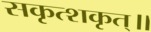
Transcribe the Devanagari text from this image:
सकृत्शकृत्॥